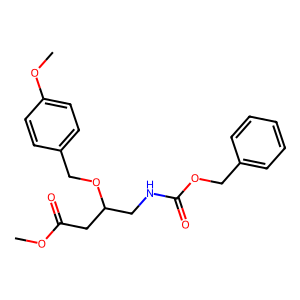
SMILES: COC(=O)CC(CNC(=O)OCc1ccccc1)OCc1ccc(OC)cc1
Inhibits HIV replication: No